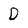
Character: D